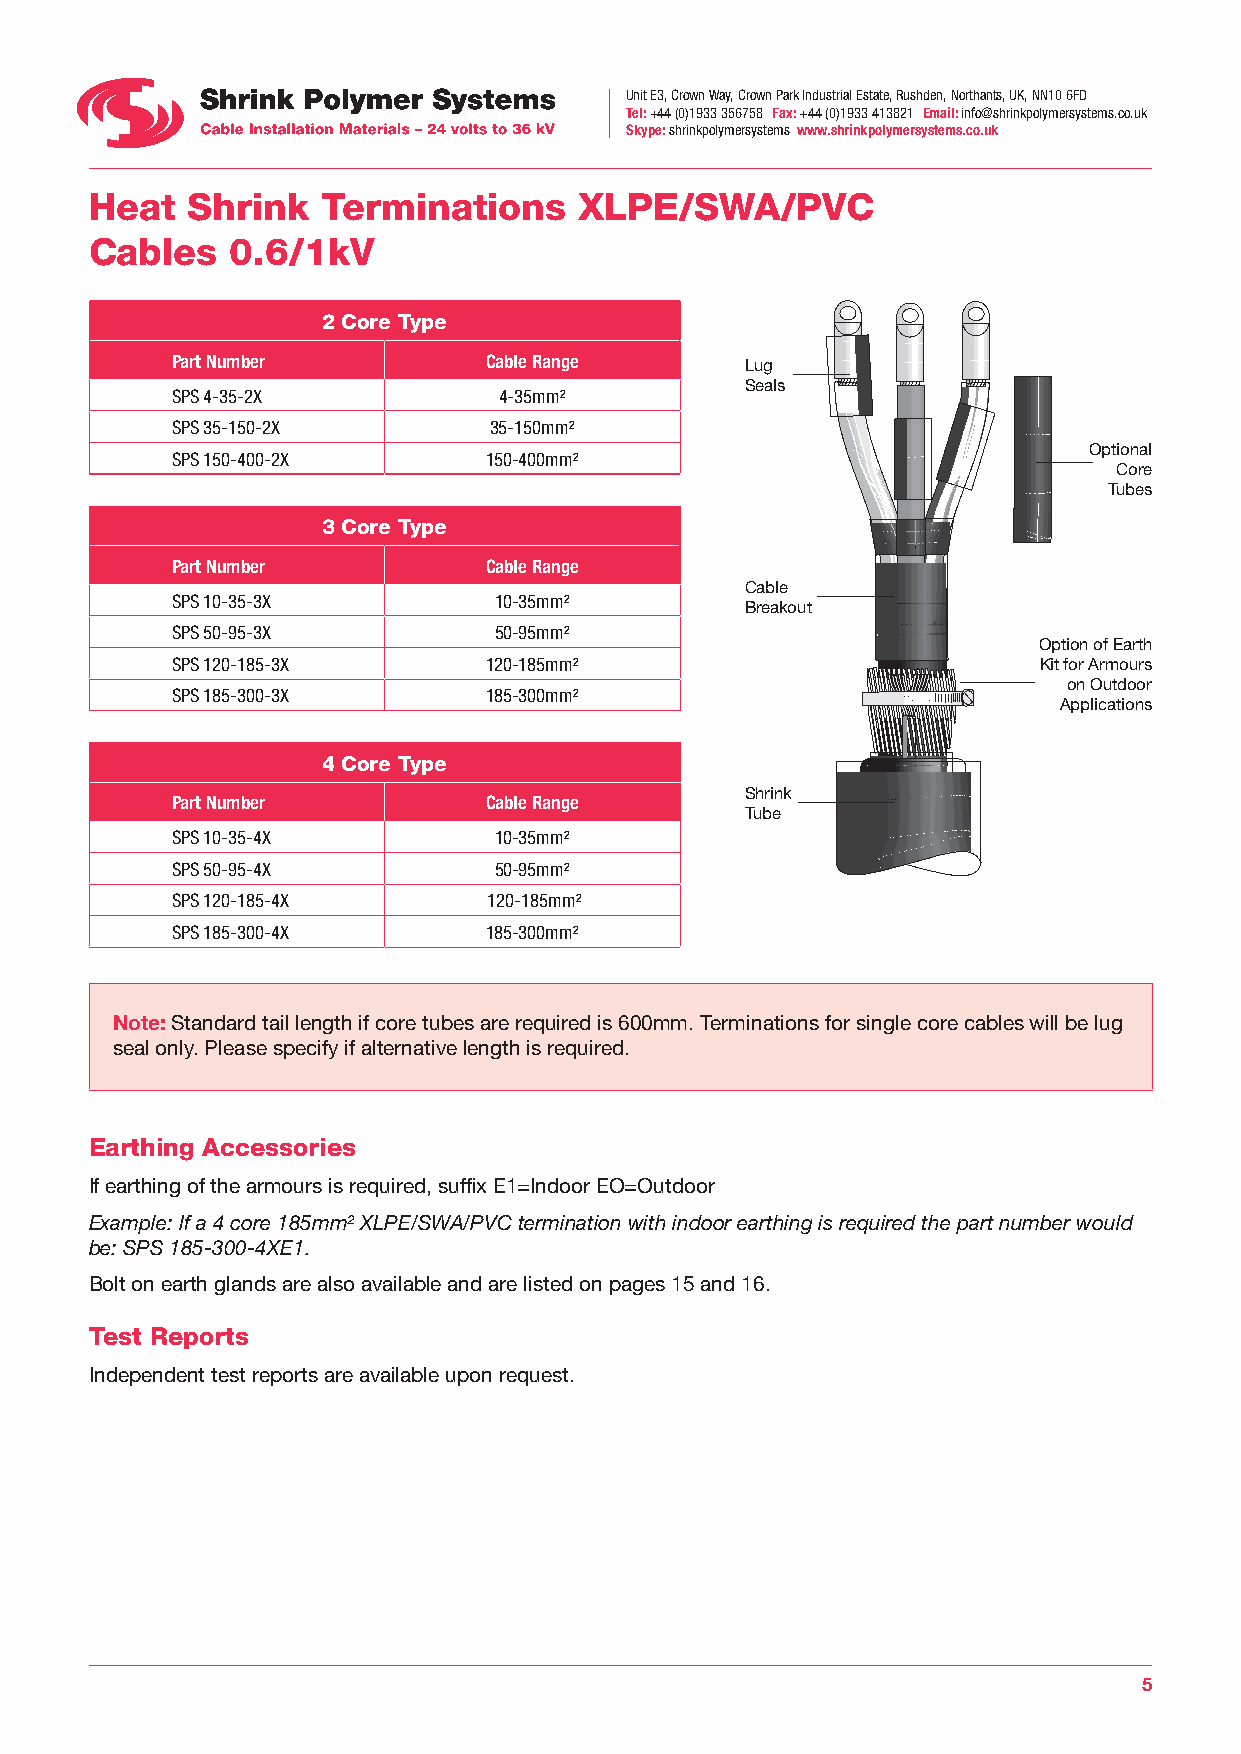
Unit E3, Crown Way, Crown Park Industrial Estate, Rushden, Northants, UK, NN10 6FD
 Tel: +44 (0)1933 356758 Fax: +44 (0)1933 413821 Email: info@shrinkpolymersystems.co.uk
 Skype: shrinkpolymersystems www.shrinkpolymersystems.co.uk
 Heat  Shrink   Terminations     XLPE/SWA/PVC
 Cables   0.6/1kV
 2 Core Type
 Part Number          Cable Range      Lug
 Seals
 SPS 4-35-2X           4-35mm²
 SPS 35-150-2X        35-150mm²
 Optional
 SPS 150-400-2X       150-400mm²
 Core
 Tubes
 3 Core Type
 Part Number          Cable Range
 Cable
 SPS 10-35-3X          10-35mm²
 Breakout
 SPS 50-95-3X          50-95mm²
 Option of Earth
 SPS 120-185-3X       120-185mm²                           Kit for Armours
 on Outdoor
 SPS 185-300-3X       185-300mm²
 Applications
 4 Core Type
 Shrink
 Part Number          Cable Range
 Tube
 SPS 10-35-4X          10-35mm²
 SPS 50-95-4X          50-95mm²
 SPS 120-185-4X       120-185mm²
 SPS 185-300-4X       185-300mm²
 Note: Standard tail length if core tubes are required is 600mm. Terminations for single core cables will be lug
 seal only. Please specify if alternative length is required.
 Earthing Accessories
 If earthing of the armours is required, suffix E1=Indoor EO=Outdoor
 Example: If a 4 core 185mm² XLPE/SWA/PVC termination with indoor earthing is required the part number would
 be: SPS 185-300-4XE1.
 Bolt on earth glands are also available and are listed on pages 15 and 16.
 Test Reports
 Independent test reports are available upon request.
 5